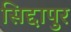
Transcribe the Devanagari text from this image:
सिद्दापुर